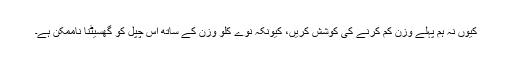
کیوں نہ ہم پہلے وزن کم کرنے کی کوشش کریں، کیونکہ نوے کلو وزن کے ساتھ اس چپل کو گھسیٹنا ناممکن ہے۔